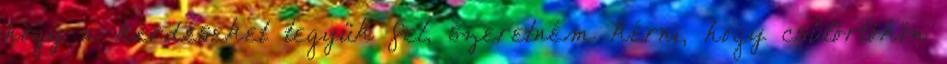
hogy a kérdéseket tegyük fel, szeretném kérni, hogy csütörtökön